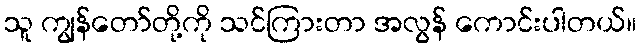
သူ ကျွန်တော်တို့ကို သင်ကြားတာ အလွန် ကောင်းပါတယ်။